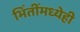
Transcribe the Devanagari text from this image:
भिंतींमध्येही